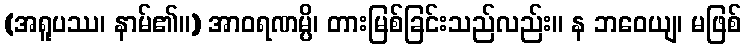
(အရူပဿ၊ နာမ်၏။) အာဝရဏမ္ပိ၊ တားမြစ်ခြင်းသည်လည်း။ န ဘဝေယျ၊ မဖြစ်